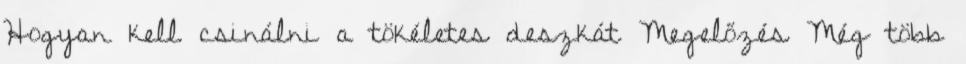
Hogyan kell csinálni a tökéletes deszkát Megelőzés Még több